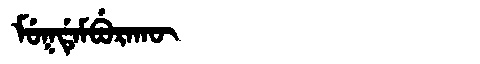
Manchu: ᠮᡠᡴᡩᡝᠮᠪᡠᡵᠠᡴᡡ
Romanization: MUKDEMBURAKŪ